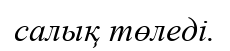
салық төледі.